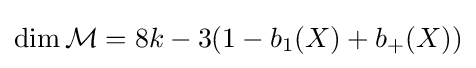
\dim {\mathcal {M}}=8k-3(1-b_{1}(X)+b_{+}(X))